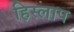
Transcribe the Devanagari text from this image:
हिस्लाप